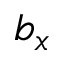
b _ { x }